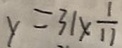
y = 3 1 \times \frac { 1 } { 1 1 }